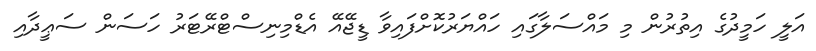
އަލީ ހަމީދުގެ އިތުރުން މި މައްސަލާގައި ހައްޔަރުކޮށްފައިވާ ޑީޖޭއޭ އެޑްމިނިސްޓްރޭޓަރު ހަސަން ސަޢީދާއި